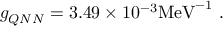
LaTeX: g _ { Q N N } = 3 . 4 9 \times 1 0 ^ { - 3 } \mathrm { M e V } ^ { - 1 } ~ .